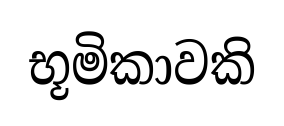
භූමිකාවකි